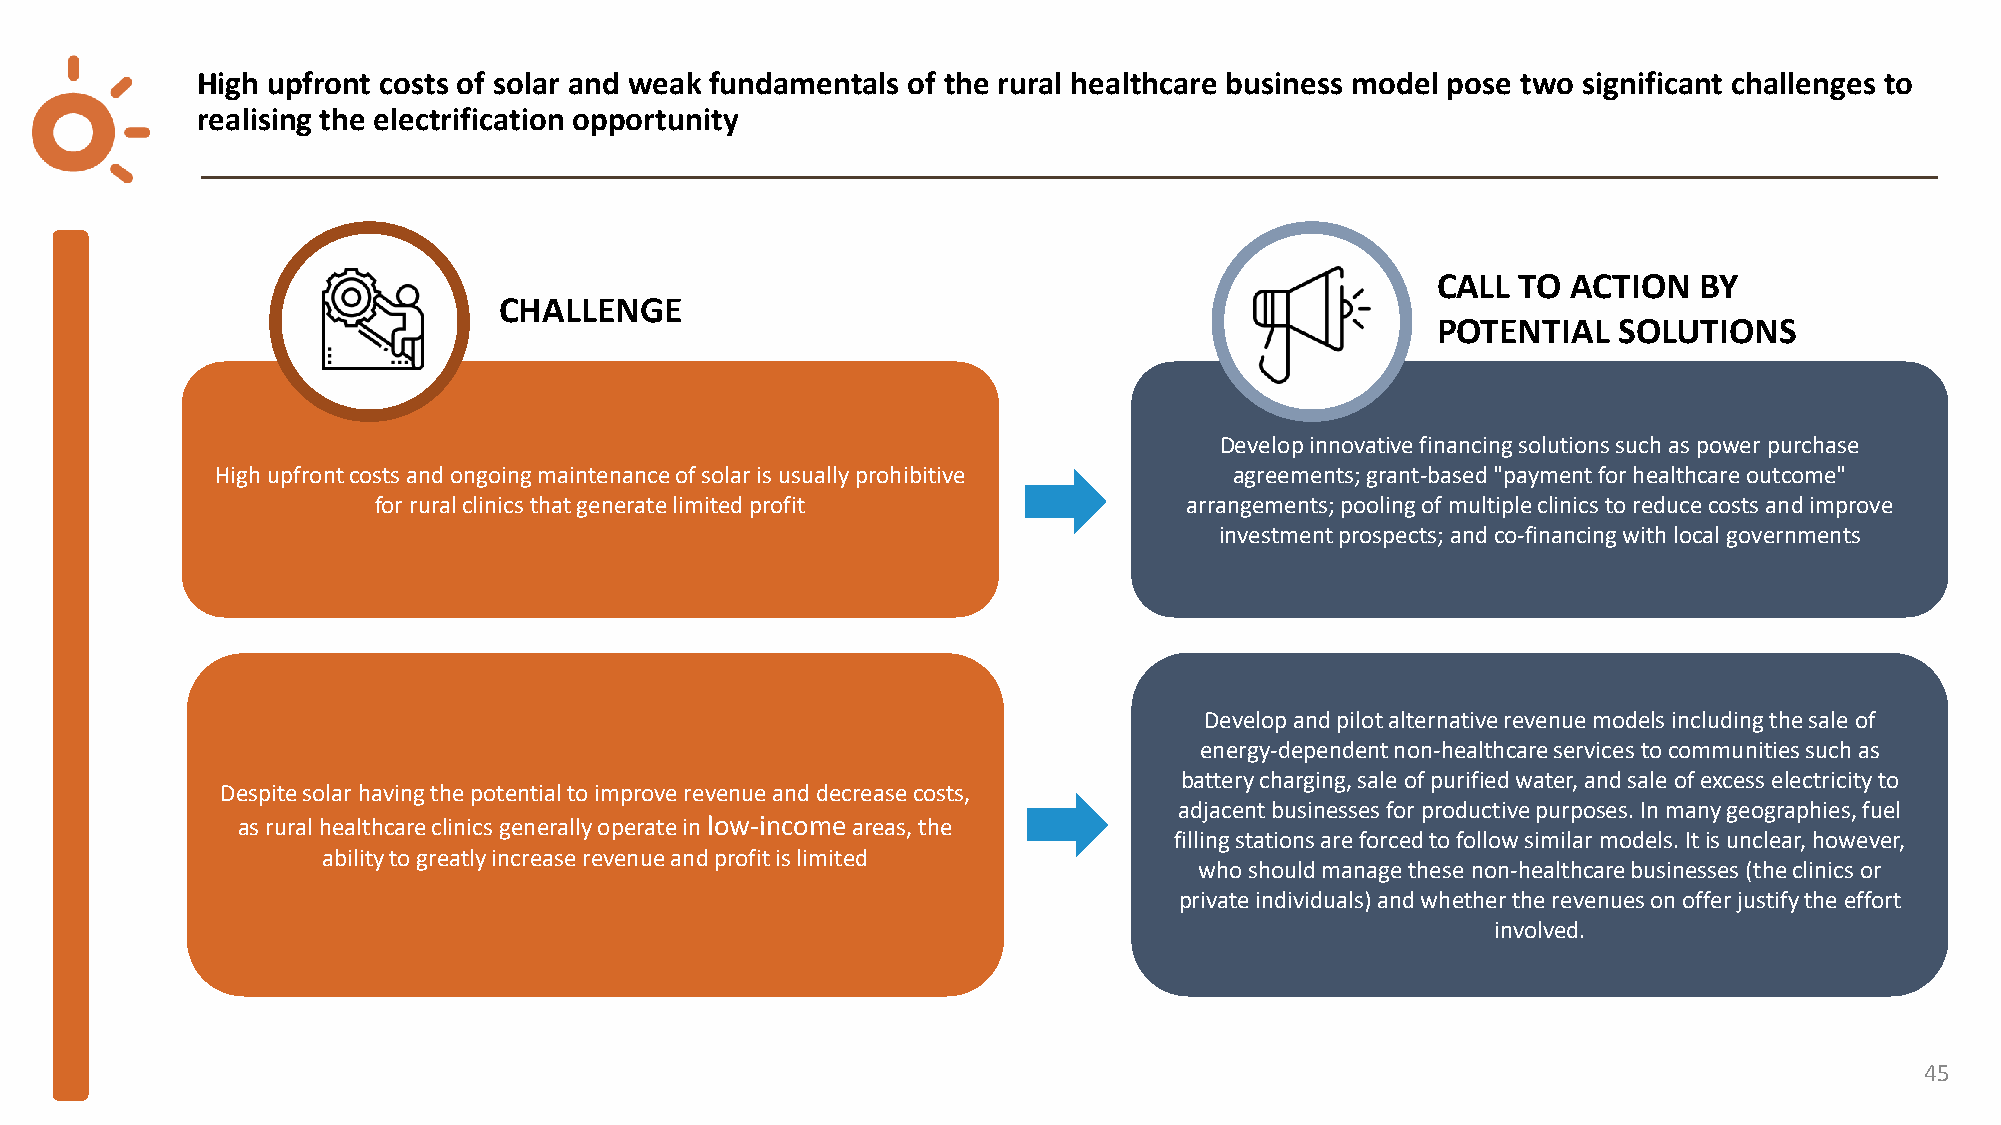
High upfront costs of solar and weak fundamentals of the rural healthcare business model pose two significant challenges to
 realising the electrification opportunity
 CALL  TO ACTION  BY
 CHALLENGE
 POTENTIAL   SOLUTIONS
 Develop innovative financing solutions such as power purchase
 High upfront costs and ongoing maintenance of solar is usually prohibitive agreements; grant-based "payment for healthcare outcome"
 for rural clinics that generate limited profit        arrangements; pooling of multiple clinics to reduce costs and improve
 investment prospects; and co-financing with local governments
 Develop and pilot alternative revenue models including the sale of
 energy-dependent non-healthcare services to communities such as
 battery charging, sale of purified water, and sale of excess electricity to
 Despite solar having the potential to improve revenue and decrease costs,
 adjacent businesses for productive purposes. In many geographies, fuel
 as rural healthcare clinics generally operate in low-incomeareas, the
 filling stations are forced to follow similar models. It is unclear, however,
 ability to greatly increase revenue and profit is limited
 who should manage these non-healthcare businesses (the clinics or
 private individuals) and whether the revenues on offer justify the effort
 involved.
 45